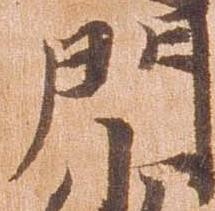
門